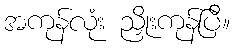
အကုန်လုံး ညှိုးကုန်ပြီ။